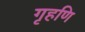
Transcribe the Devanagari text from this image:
गृहणि